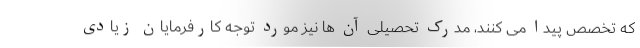
که تخصص پیدا می کنند، مدرک تحصیلی آن ها نیز مورد توجه کارفرمایان زیادی